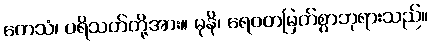
တေသံ၊ ပရိသတ်တို့အား။ မုနိ၊ ရေဝတမြတ်စွာဘုရားသည်။